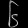
Digit: ၆